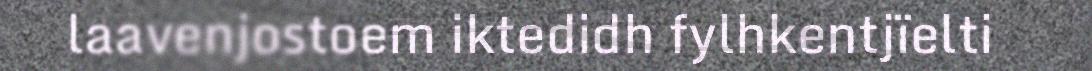
laavenjostoem iktedidh fylhkentjïelti